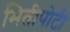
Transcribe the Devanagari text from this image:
भितीपोटी